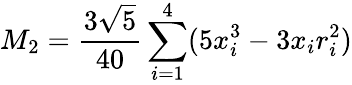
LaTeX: M_{2}=\frac{3\sqrt{5}}{40}\sum_{i=1}^{4}(5x_{i}^{3}-3x_{i}r_{i}^{2})